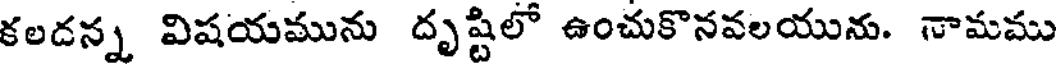
కలదన్న విషయమును దృష్టిలో ఉంచుకొనవలయును. నామము